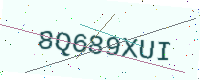
Text: 8Q689XUI